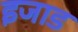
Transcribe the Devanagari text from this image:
इजाड